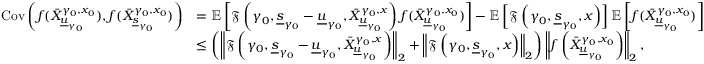
\begin{array} { r l } { \mathrm { C o v } \left( f ( \bar { X } _ { \underline { { u } } _ { \gamma _ { 0 } } } ^ { \gamma _ { 0 } , x _ { 0 } } ) , f ( \bar { X } _ { \underline { { s } } _ { \gamma _ { 0 } } } ^ { \gamma _ { 0 } , x _ { 0 } } ) \right) } & { = \mathbb { E } \left[ \mathfrak { F } \left( \gamma _ { 0 } , \underline { { s } } _ { \gamma _ { 0 } } - \underline { { u } } _ { \gamma _ { 0 } } , \bar { X } _ { \underline { { u } } _ { \gamma _ { 0 } } } ^ { \gamma _ { 0 } , x } \right) f ( \bar { X } _ { \underline { { u } } _ { \gamma _ { 0 } } } ^ { \gamma _ { 0 } , x _ { 0 } } ) \right] - \mathbb { E } \left[ \mathfrak { F } \left( \gamma _ { 0 } , \underline { { s } } _ { \gamma _ { 0 } } , x \right) \right] \mathbb { E } \left[ f ( \bar { X } _ { \underline { { u } } _ { \gamma _ { 0 } } } ^ { \gamma _ { 0 } , x _ { 0 } } ) \right] } \\ & { \le \left( \left\| \mathfrak { F } \left( \gamma _ { 0 } , \underline { { s } } _ { \gamma _ { 0 } } - \underline { { u } } _ { \gamma _ { 0 } } , \bar { X } _ { \underline { { u } } _ { \gamma _ { 0 } } } ^ { \gamma _ { 0 } , x } \right) \right\| _ { 2 } + \left\| \mathfrak { F } \left( \gamma _ { 0 } , \underline { { s } } _ { \gamma _ { 0 } } , x \right) \right\| _ { 2 } \right) \left\| f \left( \bar { X } _ { \underline { { u } } _ { \gamma _ { 0 } } } ^ { \gamma _ { 0 } , x _ { 0 } } \right) \right\| _ { 2 } , } \end{array}